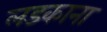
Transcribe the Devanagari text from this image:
लडकाना